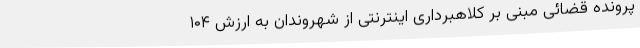
پرونده قضائی مبنی بر کلاهبرداری اینترنتی از شهروندان به ارزش ۱۰۴